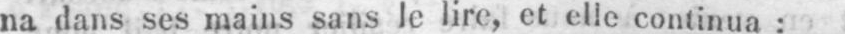
na dans ses mains sans le lire, et elle continua: